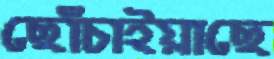
ছোঁচাইয়াছে